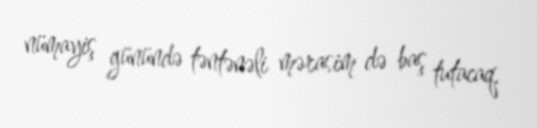
nümayiş günündə təntənəli mərasim də baş tutacaq.